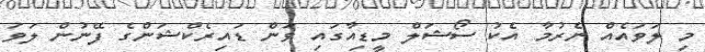
މި ލަވައެއް ނެރުމާ އެކު ސޯޝަލް މީޑިއާގައި ވަން ޑައިރެކްޝަންގެ ފޭނުން ލަވަ